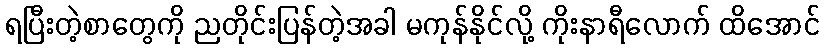
ရပြီးတဲ့စာတွေကို ညတိုင်းပြန်တဲ့အခါ မကုန်နိုင်လို့ ကိုးနာရီလောက် ထိအောင်